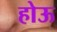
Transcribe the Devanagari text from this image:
होऊ